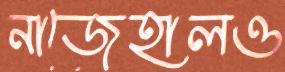
নাজেহালও